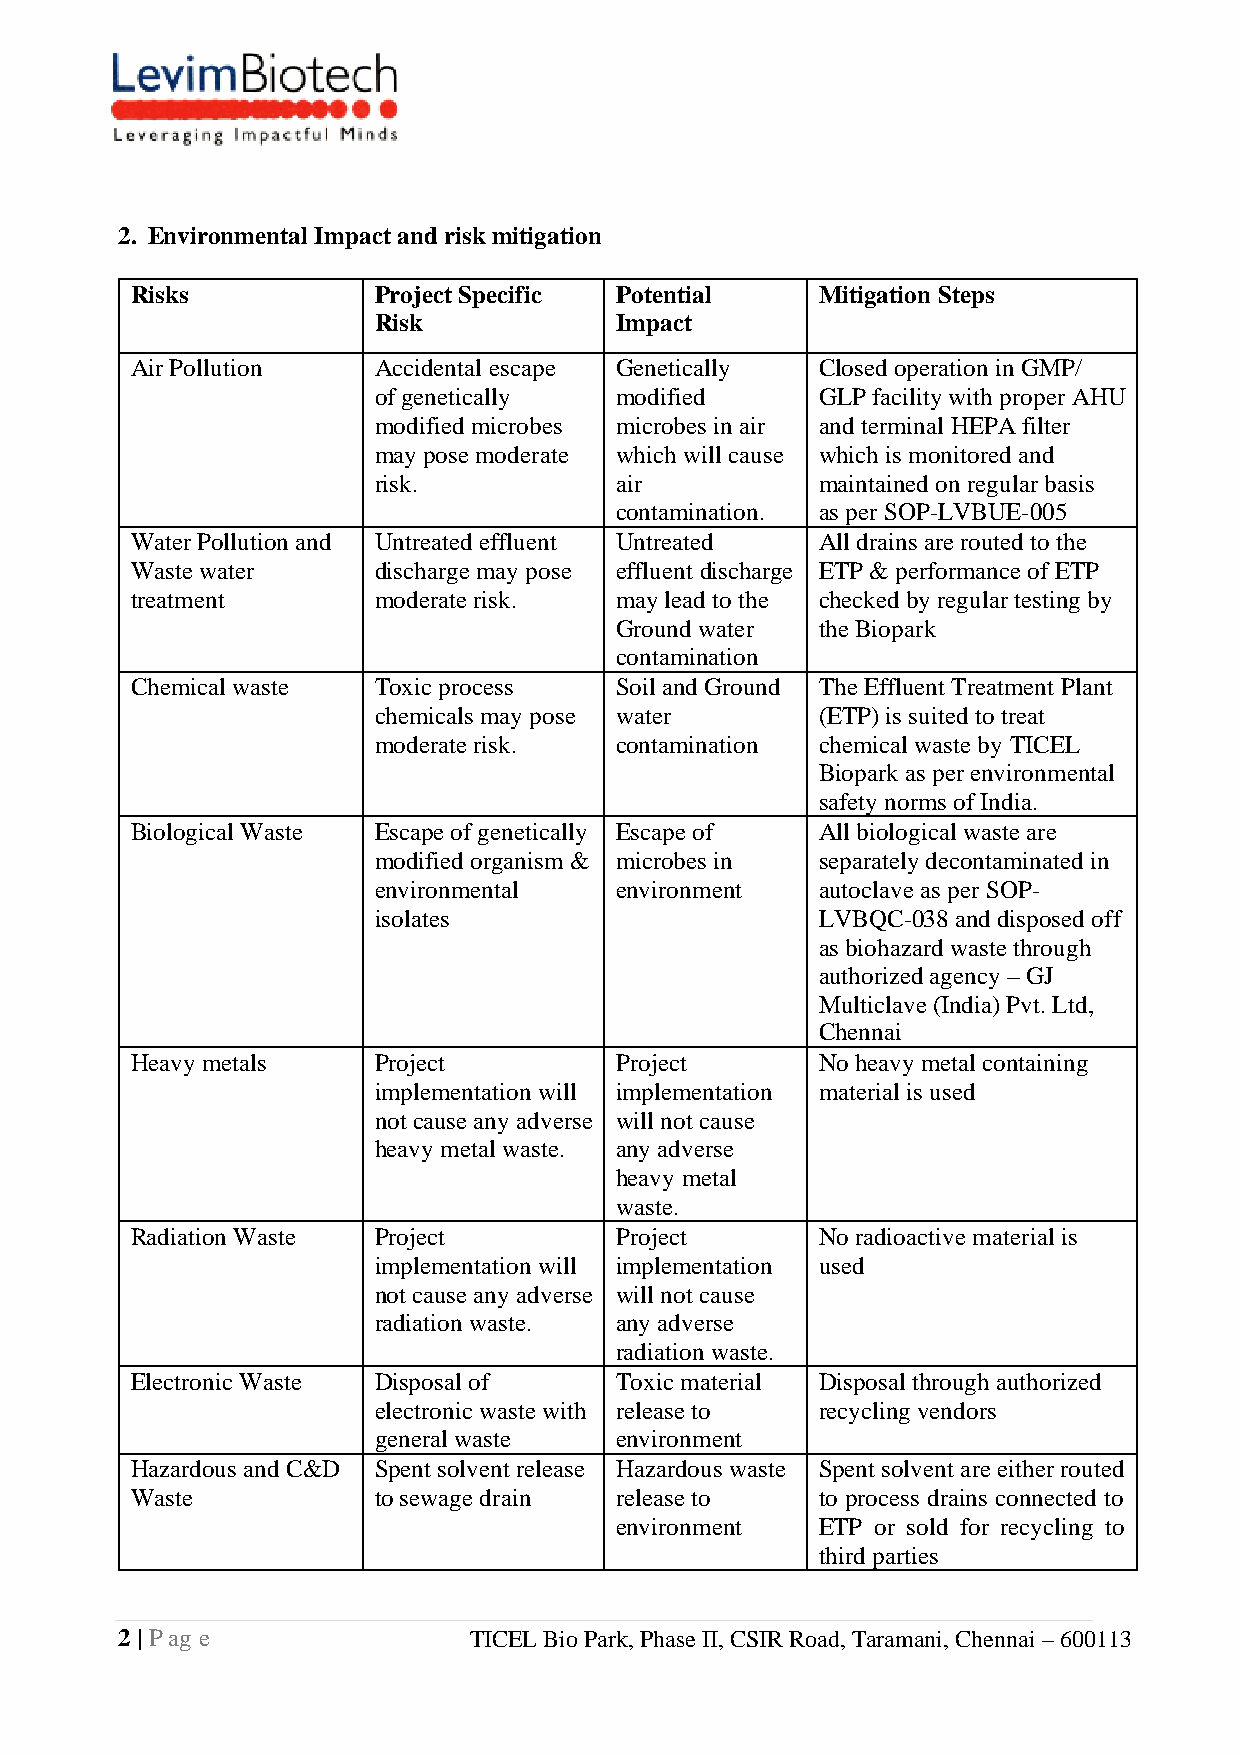
2. Environmental Impact and risk mitigation
 Risks           Project Specific Potential   Mitigation Steps
 Risk            Impact
 Air Pollution   Accidental escape Genetically Closed operation in GMP/
 of genetically  modified     GLP facility with proper AHU
 modified microbes microbes in air and terminal HEPA filter
 may pose moderate which will cause which is monitored and
 risk.           air          maintained on regular basis
 contamination. as per SOP-LVBUE-005
 Water Pollution and Untreated effluent Untreated All drains are routed to the
 Waste water     discharge may pose effluent discharge ETP & performance of ETP
 treatment       moderate risk.  may lead to the checked by regular testing by
 Ground water the Biopark
 contamination
 Chemical waste  Toxic process   Soil and Ground The Effluent Treatment Plant
 chemicals may pose water     (ETP) is suited to treat
 moderate risk.  contamination chemical waste by TICEL
 Biopark as per environmental
 safety norms of India.
 Biological Waste Escape of genetically Escape of All biological waste are
 modified organism & microbes in separately decontaminated in
 environmental   environment  autoclave as per SOP-
 isolates                     LVBQC-038 and disposed off
 as biohazard waste through
 authorized agency – GJ
 Multiclave (India) Pvt. Ltd,
 Chennai
 Heavy metals    Project         Project      No heavy metal containing
 implementation will implementation material is used
 not cause any adverse will not cause
 heavy metal waste. any adverse
 heavy metal
 waste.
 Radiation Waste Project         Project      No radioactive material is
 implementation will implementation used
 not cause any adverse will not cause
 radiation waste. any adverse
 radiation waste.
 Electronic Waste Disposal of    Toxic material Disposal through authorized
 electronic waste with release to recycling vendors
 general waste   environment
 Hazardous and C&D Spent solvent release Hazardous waste Spent solvent are either routed
 Waste           to sewage drain release to   to process drains connected to
 environment  ETP or sold for recycling to
 third parties
 2 | P ag e             TICEL Bio Park, Phase II, CSIR Road, Taramani, Chennai – 600113